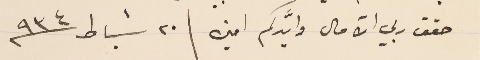
حقق ربي الآمال وايَّدكم امين | ٢٠ شباط ٩٣٤